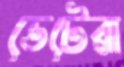
ভেটেরা